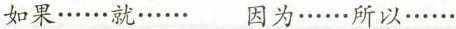
如果……就…… 因为……所以……